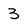
Character: 3